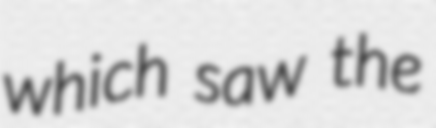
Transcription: which saw the